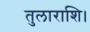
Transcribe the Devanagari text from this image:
तुलाराशि।